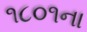
૧૮૦૧ના